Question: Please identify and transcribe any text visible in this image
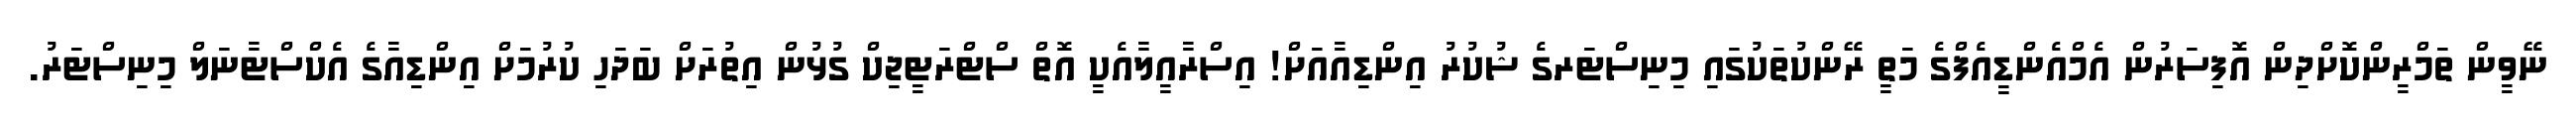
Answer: ނޭވީން ތަމްރީންކޮށްދިން އޮފިސަރުން އެމްއެންޑީއެފްގެ މަތީ ރޭންކުތަކުގައި މިނިސްޓަރގެ ޝުކުރު އިންޑިއާއަށް! އިސްރާއީލާއެކީ އޮތް ސްޓްރަޓީޖިކް ގުޅުން އިތުރަށް ބަދަހި ކުރުމަށް އިންޑިއާގެ އެކްސްޓާނަލް މިނިސްޓަރު.